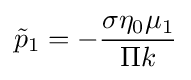
{\tilde {p}}_{1}=-{\frac {\sigma \eta _{0}\mu _{1}}{\Pi k}}